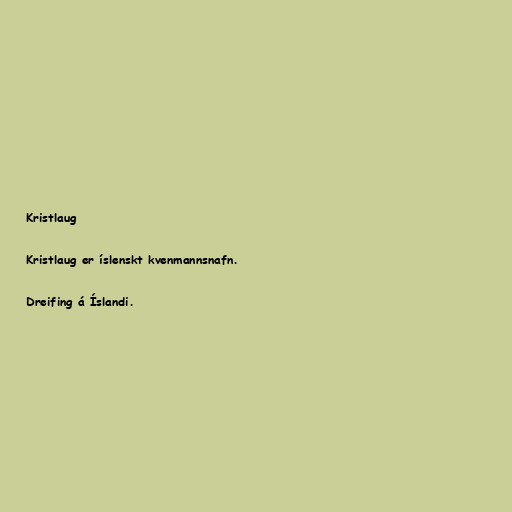
Kristlaug

Kristlaug er íslenskt kvenmannsnafn.

Dreifing á Íslandi.